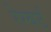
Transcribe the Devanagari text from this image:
रेम्बर्ट